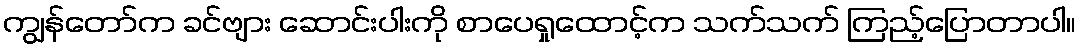
ကျွန်တော်က ခင်ဗျား ဆောင်းပါးကို စာပေရှုထောင့်က သက်သက် ကြည့်ပြောတာပါ။